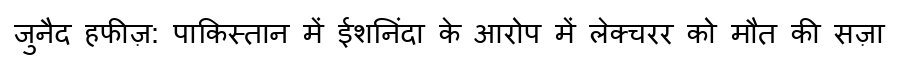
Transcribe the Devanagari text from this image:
जुनैद हफीज़: पाकिस्तान में ईशनिंदा के आरोप में लेक्चरर को मौत की सज़ा